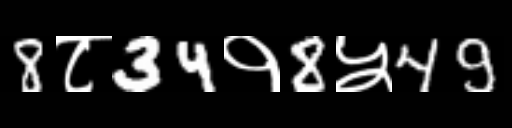
Text: 8८34१8५49